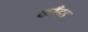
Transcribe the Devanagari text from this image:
काँदड़